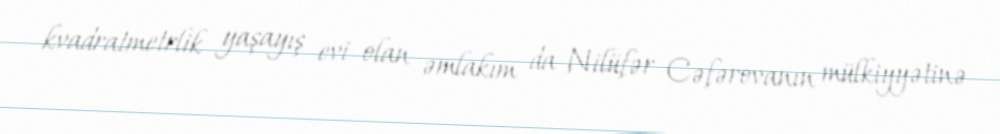
kvadratmetrlik yaşayış evi olan əmlakım da Nilüfər Cəfərovanın mülkiyyətinə